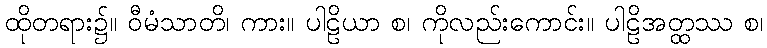
ထိုတရား၌။ ဝီမံသာတိ၊ ကား။ ပါဠိယာ စ၊ ကိုလည်းကောင်း။ ပါဠိအတ္ထဿ စ၊